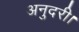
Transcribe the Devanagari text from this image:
अनुदरी।